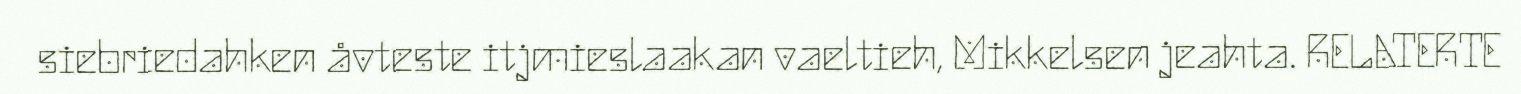
siebriedahken åvteste itjmieslaakan vaeltieh, Mikkelsen jeahta. RELATERTE